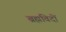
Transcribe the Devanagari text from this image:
ब्रह्मविदों